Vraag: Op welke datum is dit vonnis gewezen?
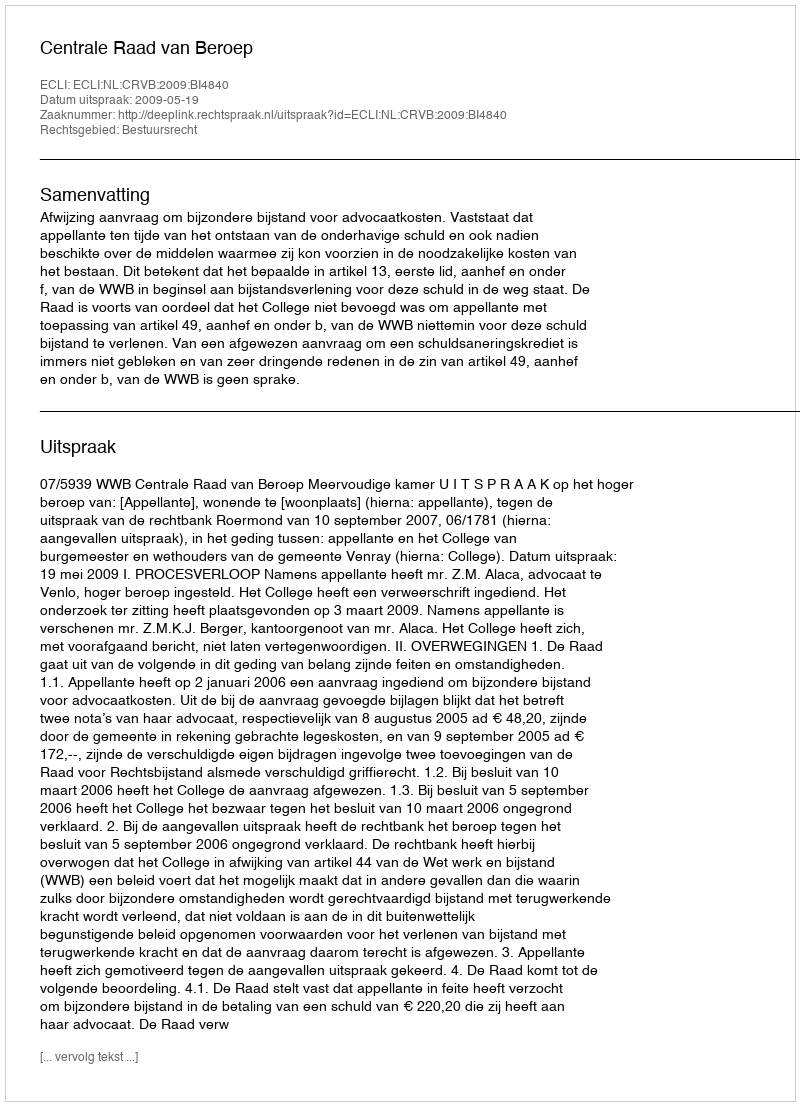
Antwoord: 2009-05-19